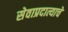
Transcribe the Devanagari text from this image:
सेवाप्रदात्याचे